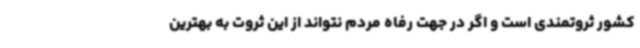
کشور ثروتمندی است و اگر در جهت رفاه مردم نتواند از این ثروت به بهترین